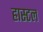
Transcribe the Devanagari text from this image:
हास्टल